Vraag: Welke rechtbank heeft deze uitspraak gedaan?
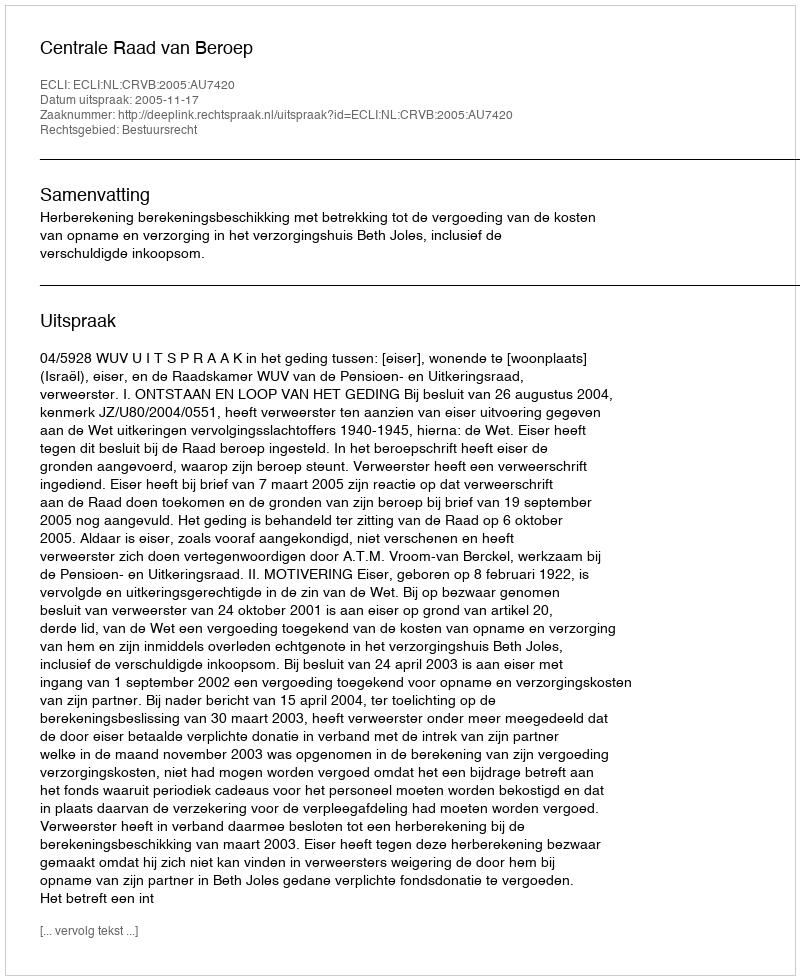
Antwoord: Centrale Raad van Beroep